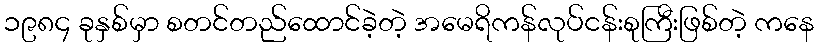
၁၉၈၄ ခုနှစ်မှာ စတင်တည်ထောင်ခဲ့တဲ့ အမေရိကန်လုပ်ငန်းစုကြီးဖြစ်တဲ့ ကနေ